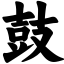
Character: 鼓